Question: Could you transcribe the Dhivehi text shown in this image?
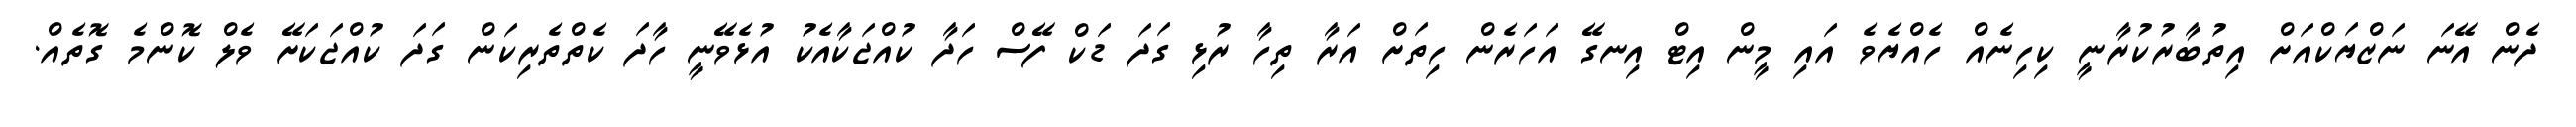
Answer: ދެން އޭނަ ނަޒްޔަކްއަށް އިތުބާރުކުރާނީ ކިހިނެއް ހެއްޔެވެ އައި މީން އިޓް އިނގޭ އަހަރެން ހިތަށް އަރާ ތިހާ ރުޅި ގަދަ ޑަކް ފޭސް ހަދާ ކުއްޖަކާއެކު އުޅެވޭނީ ހާދަ ކެތްތެރިކަން ގަދަ ކުއްޖަކަށޭ ވެލް ކޮންމެ ގޮތެއް.